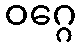
ဝဂ္ဂေ